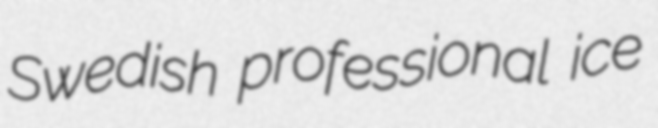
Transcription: Swedish professional ice